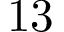
1 3